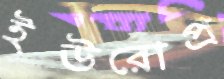
ইউরোপ্র